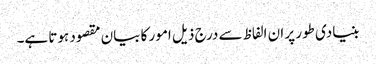
بنیادی طور پر ان الفاظ سے درج ذیل امور کا بیان مقصود ہوتا ہے۔